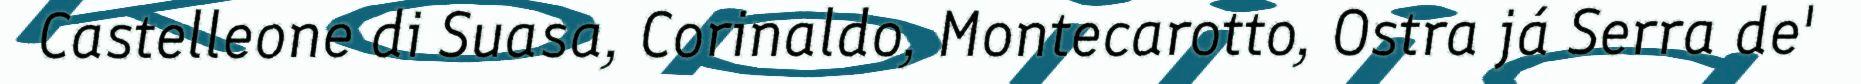
Castelleone di Suasa, Corinaldo, Montecarotto, Ostra já Serra de'